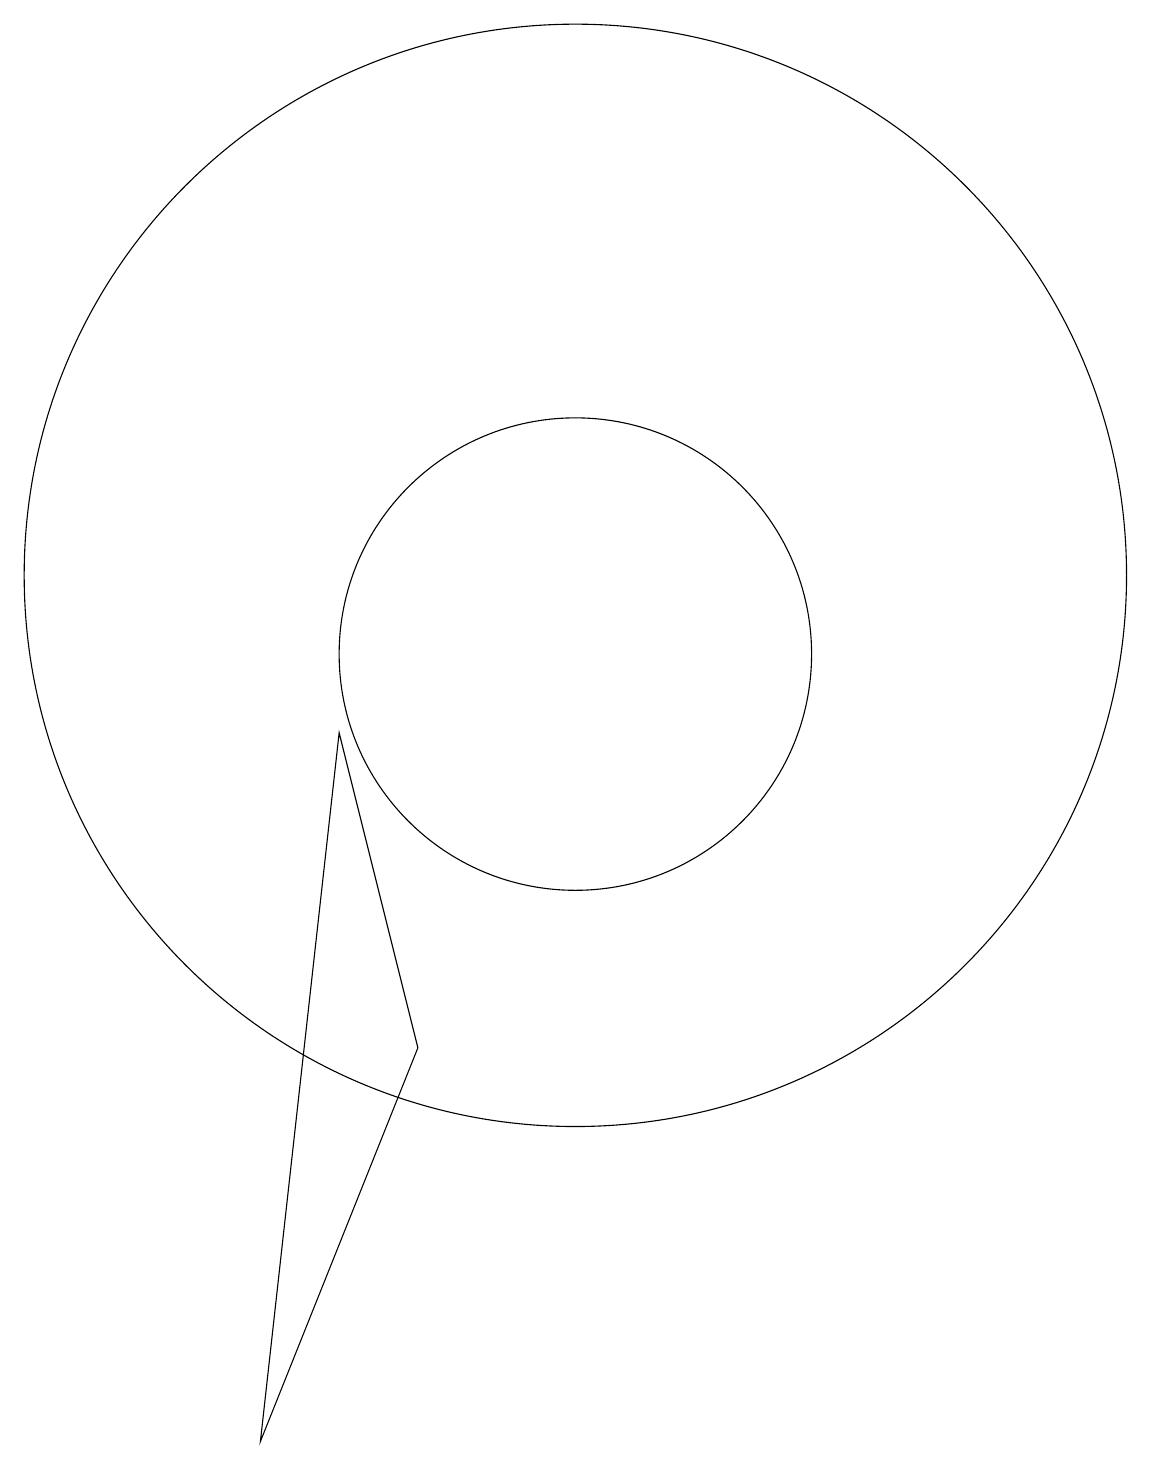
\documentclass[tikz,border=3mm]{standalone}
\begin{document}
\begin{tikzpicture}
\draw (10,11) circle (7);
\draw (6,0) -- (7,9) -- (8,5) -- cycle;
\draw (10,10) circle (3);
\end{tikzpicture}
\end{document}